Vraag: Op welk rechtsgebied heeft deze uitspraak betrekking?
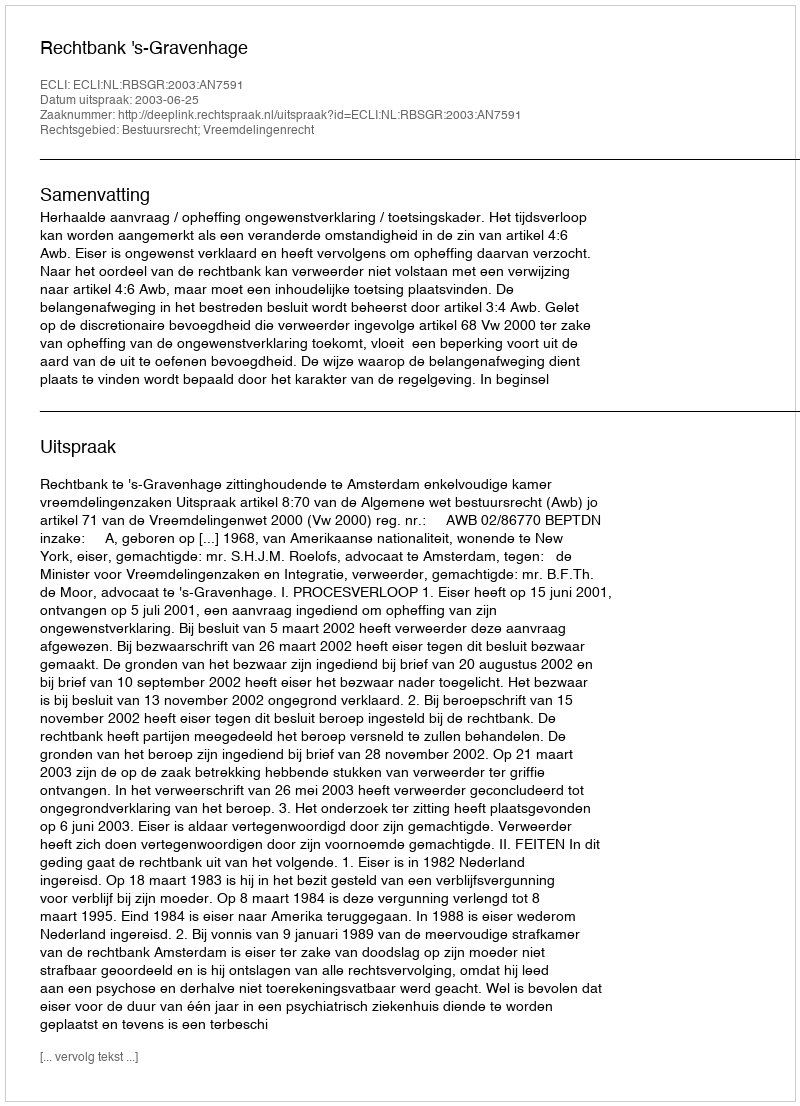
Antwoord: Bestuursrecht; Vreemdelingenrecht